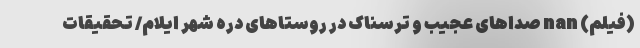
(فیلم) nan صداهای عجیب و ترسناک در روستاهای دره شهر ایلام/ تحقیقات